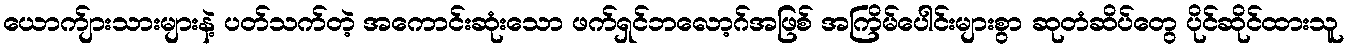
ယောက်ျားသားများနဲ့ ပတ်သက်တဲ့ အကောင်းဆုံးသော ဖက်ရှင်ဘလော့ဂ်အဖြစ် အကြိမ်ပေါင်းများစွာ ဆုတံဆိပ်တွေ ပိုင်ဆိုင်ထားသူ